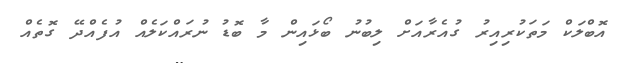
އޮބްލަކް މަތަކުރިއިރު ގުއެރާއަށް ލިބުނު ބޯޅައިން މާ ބޮޑު ނުރައްކަލެއް އުފެއްދޭ ގޮތެއް